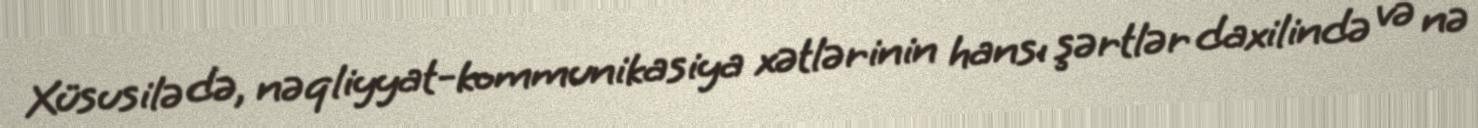
Xüsusilə də, nəqliyyat-kommunikasiya xətlərinin hansı şərtlər daxilində və nə